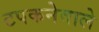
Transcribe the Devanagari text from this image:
टपकनेवाले